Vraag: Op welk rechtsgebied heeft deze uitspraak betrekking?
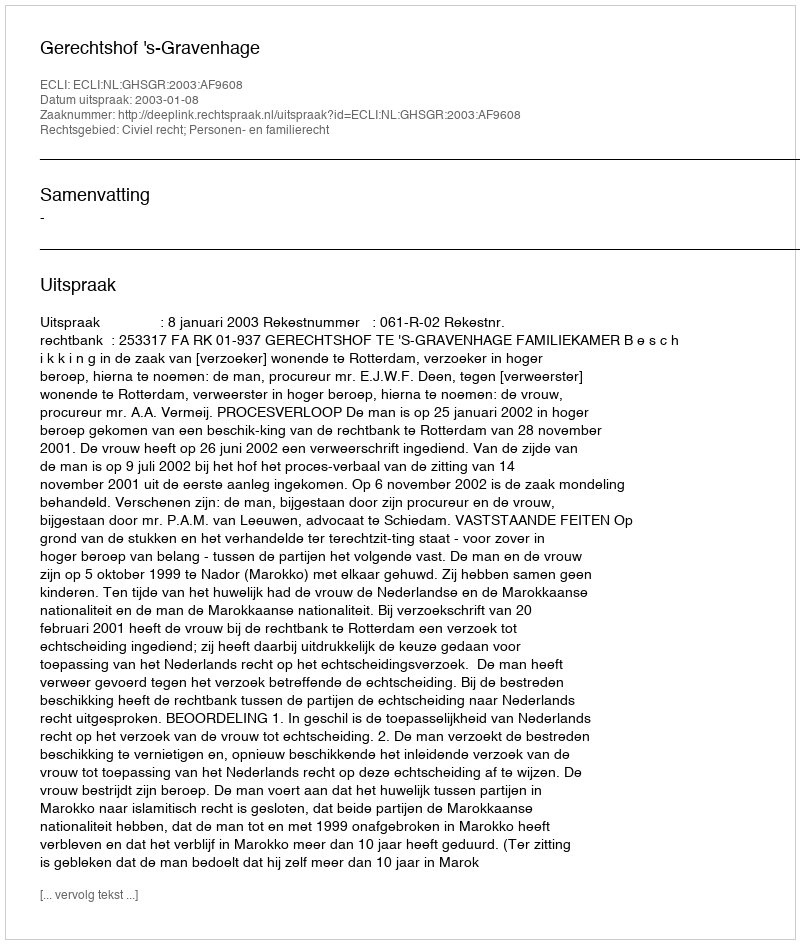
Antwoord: Civiel recht; Personen- en familierecht